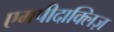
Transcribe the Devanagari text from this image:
एमपीदाक्लिज़